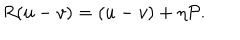
LaTeX: R ( u - v ) = ( u - v ) + \eta { \cal P } .